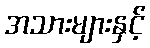
အသားများနှင့်